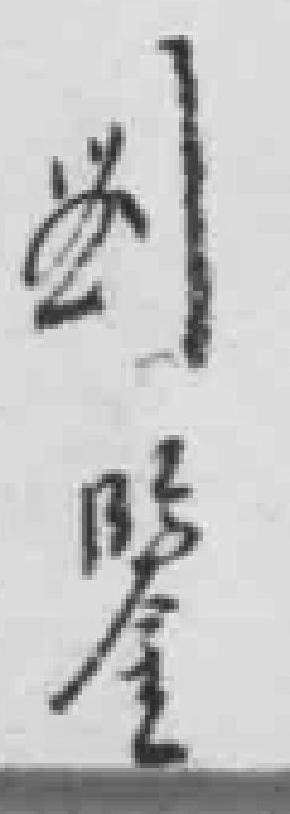
劉鑒